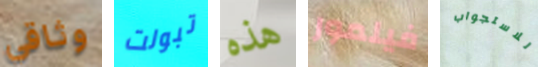
وثاقي تبولت هذه فيلمور للاستجواب